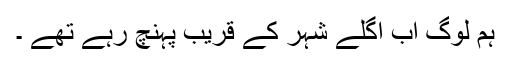
ہم لوگ اب اگلے شہر کے قریب پہنچ رہے تھے ۔